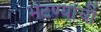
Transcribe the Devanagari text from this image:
भेटण्याची